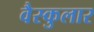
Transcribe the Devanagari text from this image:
वैस्कुलार